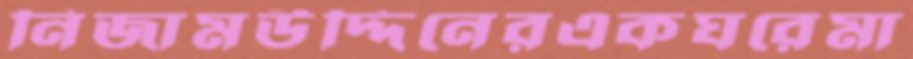
নিজামউদ্দিনেরএকঘরেমা